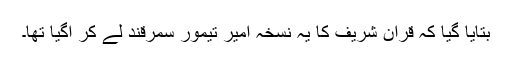
بتایا گیا کہ قرآن شریف کا یہ نسخہ امیر تیمور سمرقند لے کر آگیا تھا۔